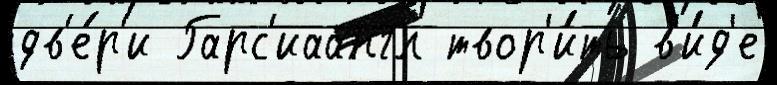
дв'е́р'и Гарс'иаангл твор'и́ть в'и́д'е